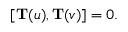
[ { \bf T } ( u ) , { \bf T } ( v ) ] = 0 .